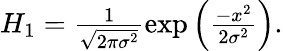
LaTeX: \begin{array}{r}{H_{1}=\frac{1}{\sqrt{2\pi\sigma^{2}}}\exp\left(\frac{-x^{2}}{2\sigma^{2}}\right).}\end{array}